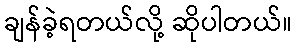
ချန်ခဲ့ရတယ်လို့ ဆိုပါတယ်။